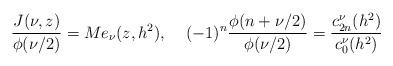
LaTeX: \begin{align*}\frac{J(\nu,z)}{\phi(\nu/2)}=Me_{\nu}(z,h^2),\;\;\;\;(-1)^n\frac{\phi(n+\nu/2)}{\phi(\nu/2)}=\frac{c^{\nu}_{2n}(h^2)}{c^{\nu}_{0}(h^2)}\end{align*}